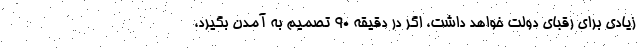
زیادی برای رقبای دولت خواهد داشت، اگر در دقیقه 90 تصمیم به آمدن بگیرد،